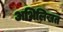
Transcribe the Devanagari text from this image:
अभिलिखत